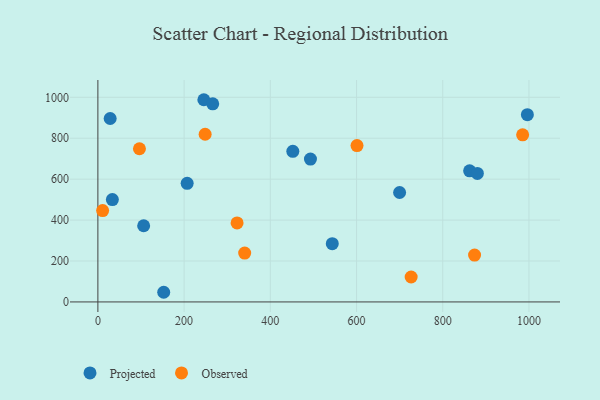
{"axis": {"x": "Study Hours", "y": "Yield"}, "legend": ["Observed", "Projected"], "data": [{"x": "245.8", "y": 988.2, "type": "Projected"}, {"x": "28.5", "y": 896.5, "type": "Projected"}, {"x": "452.2", "y": 736.2, "type": "Projected"}, {"x": "106.2", "y": 372.2, "type": "Projected"}, {"x": "699.9", "y": 534.7, "type": "Projected"}, {"x": "493.1", "y": 698.1, "type": "Projected"}, {"x": "207.1", "y": 579.6, "type": "Projected"}, {"x": "266.4", "y": 968.3, "type": "Projected"}, {"x": "152.7", "y": 47.2, "type": "Projected"}, {"x": "862.3", "y": 640.7, "type": "Projected"}, {"x": "33.6", "y": 500.4, "type": "Projected"}, {"x": "996.3", "y": 915.2, "type": "Projected"}, {"x": "543.7", "y": 284.5, "type": "Projected"}, {"x": "880.3", "y": 628.2, "type": "Projected"}, {"x": "601.1", "y": 764.0, "type": "Observed"}, {"x": "322.9", "y": 386.1, "type": "Observed"}, {"x": "726.7", "y": 121.9, "type": "Observed"}, {"x": "96.4", "y": 748.7, "type": "Observed"}, {"x": "340.5", "y": 238.7, "type": "Observed"}, {"x": "248.8", "y": 819.4, "type": "Observed"}, {"x": "985.3", "y": 816.5, "type": "Observed"}, {"x": "873.8", "y": 229.2, "type": "Observed"}, {"x": "11.0", "y": 446.7, "type": "Observed"}]}